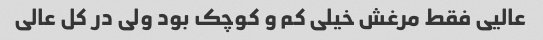
عالیی فقط مرغش خیلی کم و کوچک بود ولی در کل عالی